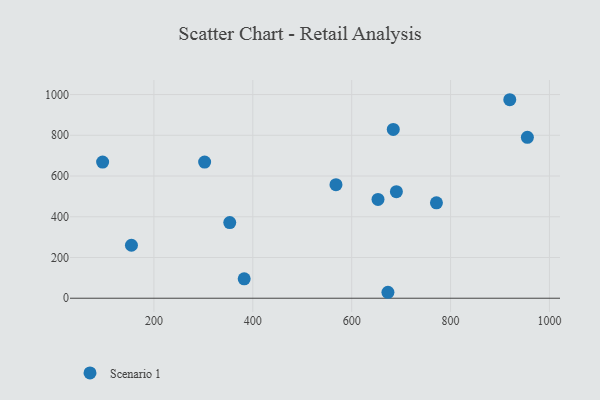
{"axis": {"x": "Ad Spend", "y": "Fuel Efficiency"}, "legend": ["Scenario 1"], "data": [{"x": "684.1", "y": 828.6, "type": "Scenario 1"}, {"x": "955.3", "y": 790.1, "type": "Scenario 1"}, {"x": "919.7", "y": 974.6, "type": "Scenario 1"}, {"x": "690.4", "y": 523.1, "type": "Scenario 1"}, {"x": "96.3", "y": 668.6, "type": "Scenario 1"}, {"x": "771.4", "y": 468.6, "type": "Scenario 1"}, {"x": "653.2", "y": 485.1, "type": "Scenario 1"}, {"x": "382.6", "y": 95.4, "type": "Scenario 1"}, {"x": "154.6", "y": 260.2, "type": "Scenario 1"}, {"x": "568.2", "y": 557.5, "type": "Scenario 1"}, {"x": "673.3", "y": 29.2, "type": "Scenario 1"}, {"x": "302.6", "y": 668.5, "type": "Scenario 1"}, {"x": "353.4", "y": 371.4, "type": "Scenario 1"}]}